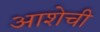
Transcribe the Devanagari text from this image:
आशेची